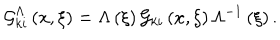
{ \cal G } _ { k i } ^ { \Lambda } \left( { x , \xi } \right) = \Lambda \left( \xi \right) { \cal G } _ { k i } \left( { x , \xi } \right) \Lambda ^ { - 1 } \left( \xi \right) .